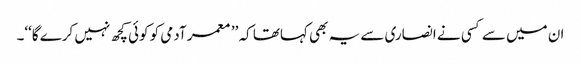
ان میں سے کسی نے انصاری سے یہ بھی کہاتھا کہ ’’ معمر آدمی کو کوئی کچھ نہیں کرے گا‘‘۔